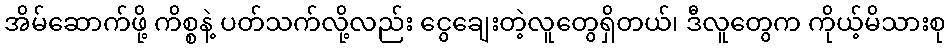
အိမ်ဆောက်ဖို့ ကိစ္စနဲ့ ပတ်သက်လို့လည်း ငွေချေးတဲ့လူတွေရှိတယ်၊ ဒီလူတွေက ကိုယ့်မိသားစု